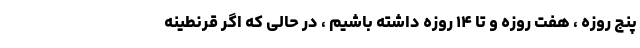
پنج روزه ، هفت روزه و تا ۱۴ روزه داشته باشیم ، در حالی که اگر قرنطینه